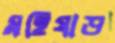
মহিষাড়